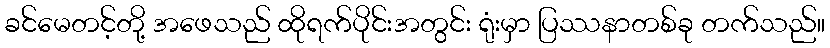
ခင်မေတင့်တို့ အဖေသည် ထိုရက်ပိုင်းအတွင်း ရုံးမှာ ပြဿနာတစ်ခု တက်သည်။